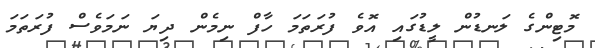
މޮޓިންގެ ލަނޑުން ލީޑުގައި އޮވެ ފުރަތަމަ ހާފް ނިމެން ދިޔަ ނަމަވެސް ފުރަތަމަ